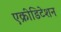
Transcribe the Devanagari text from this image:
एक्रीडिटेशन